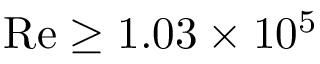
\mathrm { R e } \geq 1 . 0 3 \times 1 0 ^ { 5 }